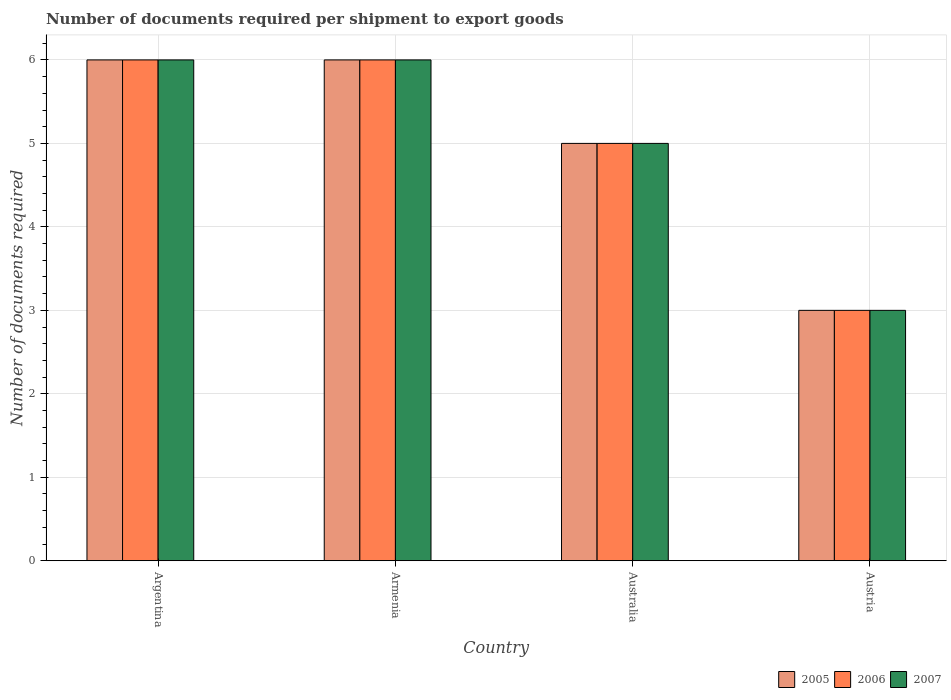
| Country | 2005 | 2006 | 2007 |
 | --- | --- | --- | --- |
 | Argentina | 6 | 6 | 6 |
 | Armenia | 6 | 6 | 6 |
 | Australia | 5 | 5 | 5 |
 | Austria | 3 | 3 | 3 |